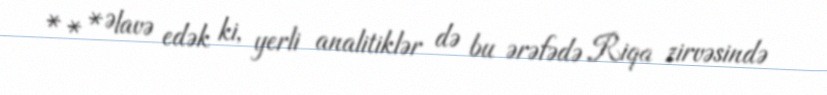
* * *Əlavə edək ki, yerli analitiklər də bu ərəfədə Riqa zirvəsində